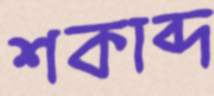
শকাব্দ